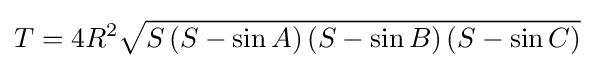
T=4R^{2}{\sqrt {S\left(S-\sin A\right)\left(S-\sin B\right)\left(S-\sin C\right)}}